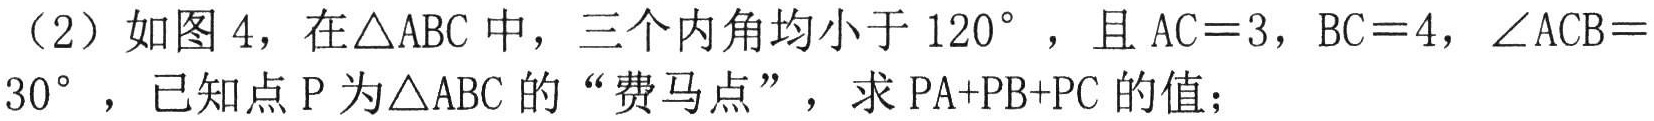
（2）如图4，在\(\triangle ABC\)中，三个内角均小于\(120^{\circ}\)，且\(AC = 3\)，\(BC = 4\)，\(\angle ACB = 30^{\circ}\)，已知点\(P\)为\(\triangle ABC\)的“费马点”，求\(PA + PB + PC\)的值；